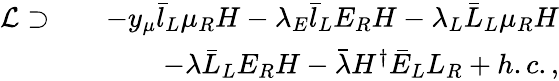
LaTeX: \begin{array}{rlr}{\mathcal{L}\supset}&{}&{-y_{\mu}\bar{l}_{L}\mu_{R}H-\lambda_{E}\bar{l}_{L}E_{R}H-\lambda_{L}\bar{L}_{L}\mu_{R}H}\\ &{}&{-\lambda\bar{L}_{L}E_{R}H-\bar{\lambda}H^{\dagger}\bar{E}_{L}L_{R}+h.c.,}\end{array}